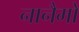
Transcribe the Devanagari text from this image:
नानैमो